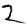
Digit: 2